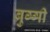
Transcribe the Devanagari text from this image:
ब्रुग्गी